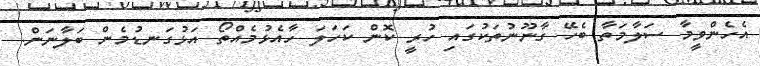
އެހެންވީމާ ސަލާމަތާ ބެހޭ ގާނޫނުތަކުގައި ހުރީ ކޮން ކަހަލަ ހާއެޅުމެއްތޯ އަޅުގަނޑުމެން ބަލާނަން.